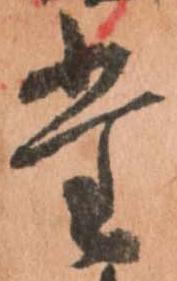
堂